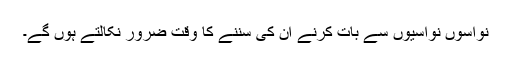
نواسوں نواسیوں سے بات کرنے ان کی سننے کا وقت ضرور نکالتے ہوں گے۔